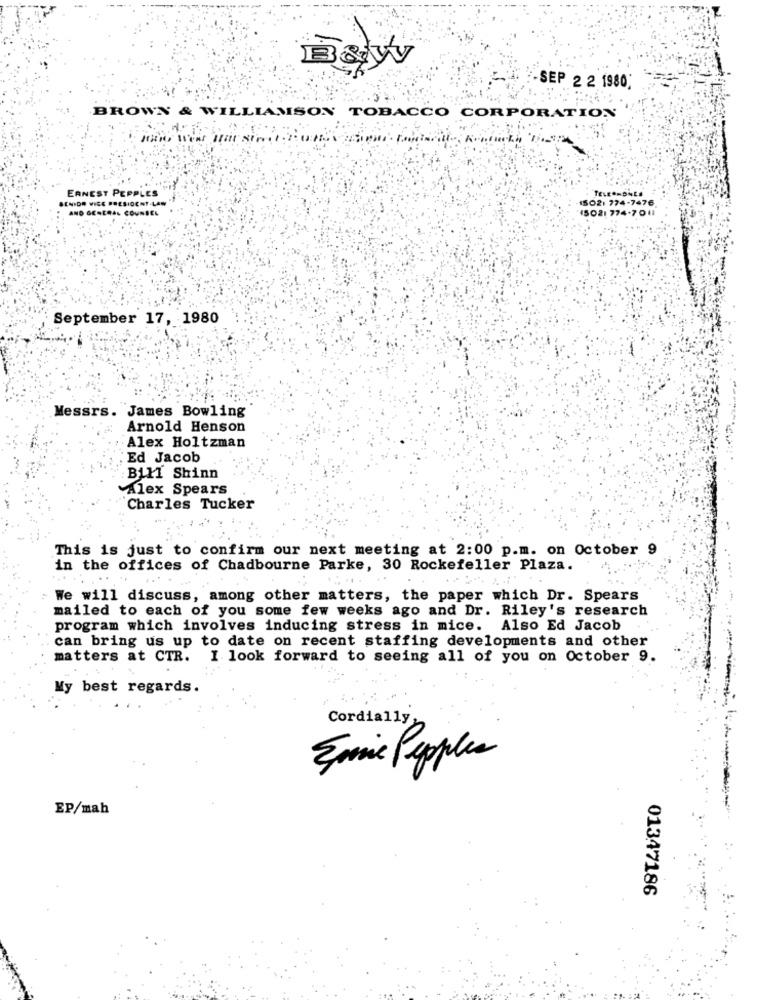
B&w
-SEP 2 2 1980
BROWN & WILLIAMSON TOBACCO CORPORATION
ERNEST PEPPLES
TELEPHONES
1502. 774-7476
AND GENERAL COUNSEL
(5021 774-7011
September 17, 1980
Messrs. James Bowling
Arnold Henson
Alex Holtzman
Ed Jacob
Bill Shinn
Alex Spears
Charles Tucker
-
This is just to confirm our next meeting at 2:00 p.m. on October 9
in the offices of Chadbourne Parke, 30 Rockefeller Plaza.
......
: We will discuss, among other matters, the paper which Dr. Spears
mailed to each of you some few weeks ago and Dr. Riley's research
program which involves inducing stress in mice. Also Ed Jacob
can bring us up to date on recent staffing developments and other
matters at CTR. I look forward to seeing all of you on October 9.
My best regards.
Cordially,
Emie Peoples
EP/mah
01347186